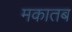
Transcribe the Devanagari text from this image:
मकातब